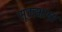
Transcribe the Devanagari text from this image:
सूक्त्भाष्य